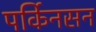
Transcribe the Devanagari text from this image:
पर्किनसन